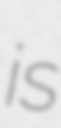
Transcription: is